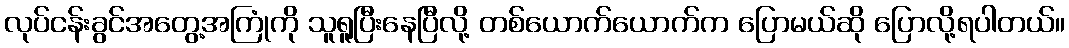
လုပ်ငန်းခွင်အတွေ့အကြုံကို သူရူပြီးနေပြီလို့ တစ်ယောက်ယောက်က ပြောမယ်ဆို ပြောလို့ရပါတယ်။